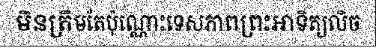
មិនត្រឹមតែប៉ុណ្ណោះទេសភាពព្រះអាទិត្យលិច